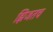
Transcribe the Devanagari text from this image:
झिजतच